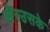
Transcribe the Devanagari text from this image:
औरउसके